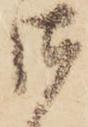
御